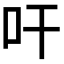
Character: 𭆺